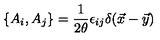
\{ A _ { i } , A _ { j } \} = { \frac { 1 } { 2 \theta } } \epsilon _ { i j } \delta ( \vec { x } - \vec { y } )